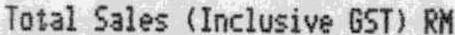
TOTAL SALES (INCLUSIVE GST) RM